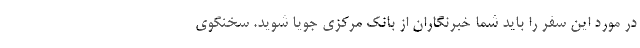
در مورد این سفر را باید شما خبرنگاران از بانک مرکزی جویا شوید. سخنگوی